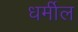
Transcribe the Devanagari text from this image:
धर्मील